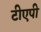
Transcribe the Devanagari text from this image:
टीएपी